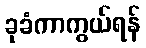
ခုခံကာကွယ်ရန်